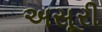
અસૂરી